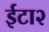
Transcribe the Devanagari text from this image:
ईटा२